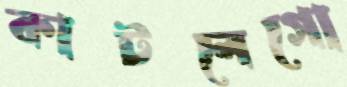
কাটলেগো